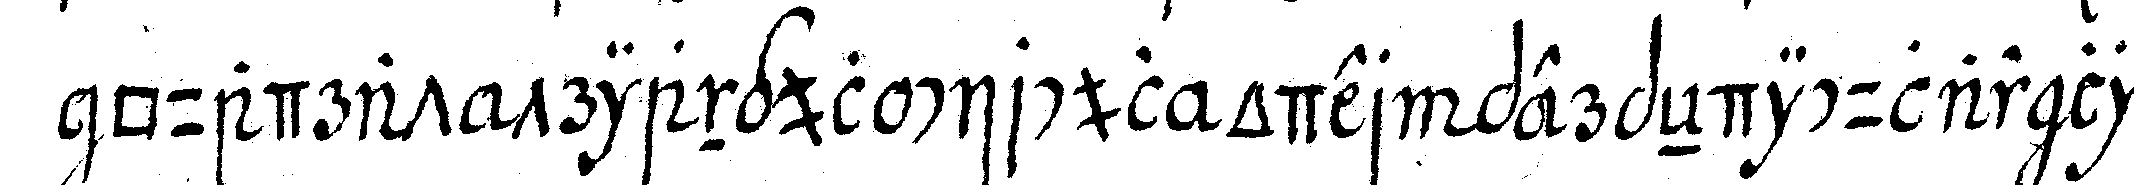
quadrat triangul circul oder p erpeNdicular lie